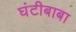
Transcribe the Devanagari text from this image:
घंटीबाबा